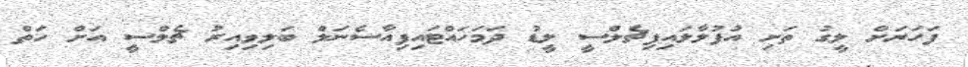
ފަހަރަށް ލީގު ތަށި އުފުލާލައިފިޗެލްސީ ލީޑު ދަމަހައްޓައިފިއާސެނަލް ބަލިވިއިރު ޗެލްސީ އަށް ހަތް